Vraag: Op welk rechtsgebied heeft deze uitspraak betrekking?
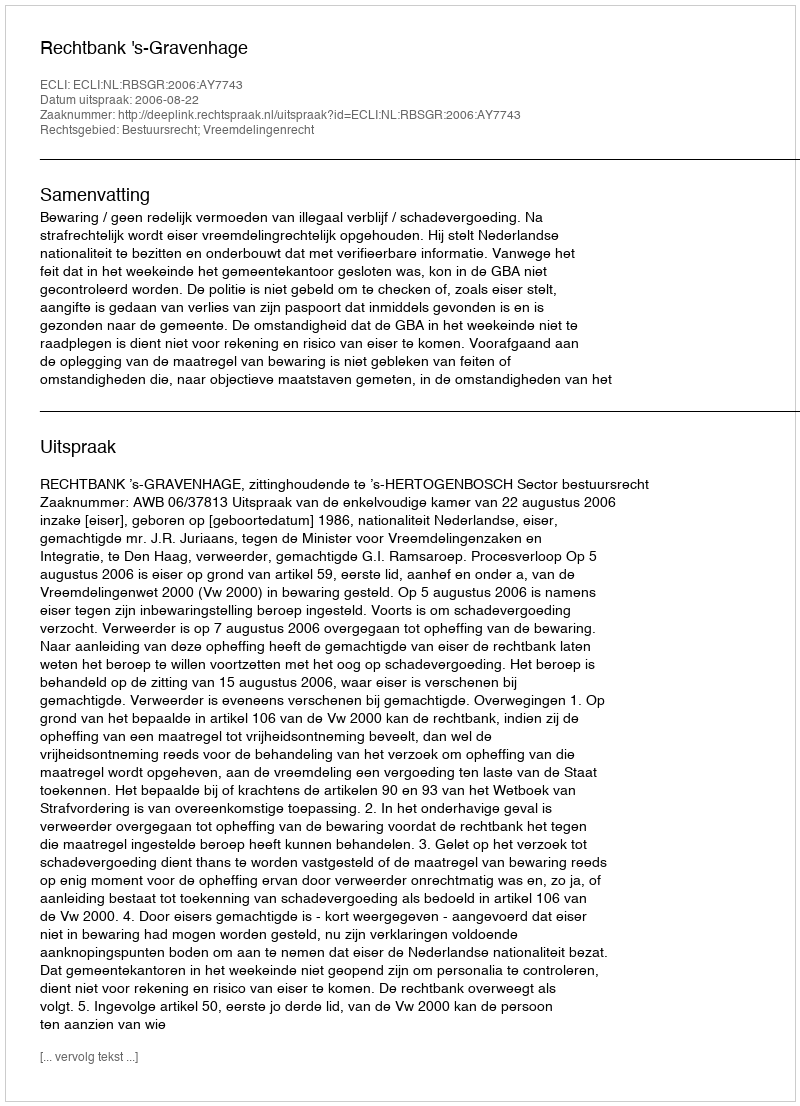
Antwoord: Bestuursrecht; Vreemdelingenrecht